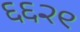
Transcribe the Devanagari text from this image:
६६२९